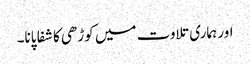
اور ہماری تلاوت میں کوڑھی کا شفا پانا۔